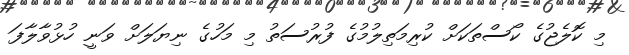
މި ކޮލެޖުގެ ކޯސްތަކަށް ކުރިމަތިލުމުގެ ފުރުސަތު މި މަހުގެ ނިޔަލަށް ވަނީ ހުޅުވާލާފަ